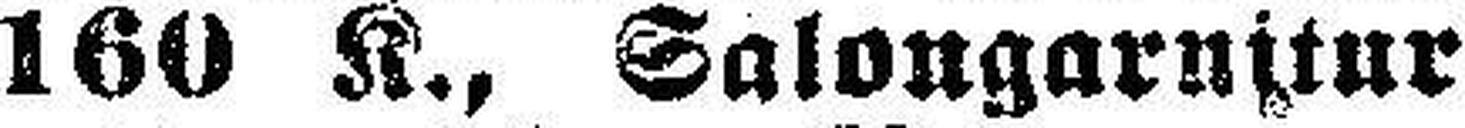
160 K., Salongarnitur